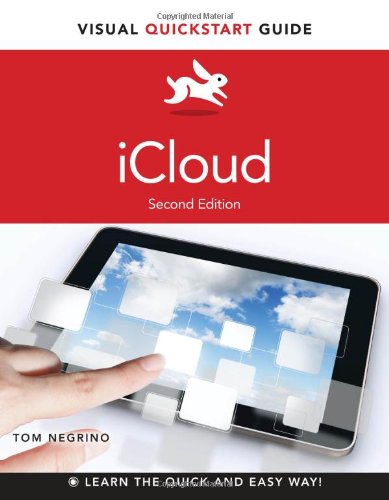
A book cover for iCloud: Visual QuickStart Guide (2nd Edition); Tom Negrino; Computers & Technology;